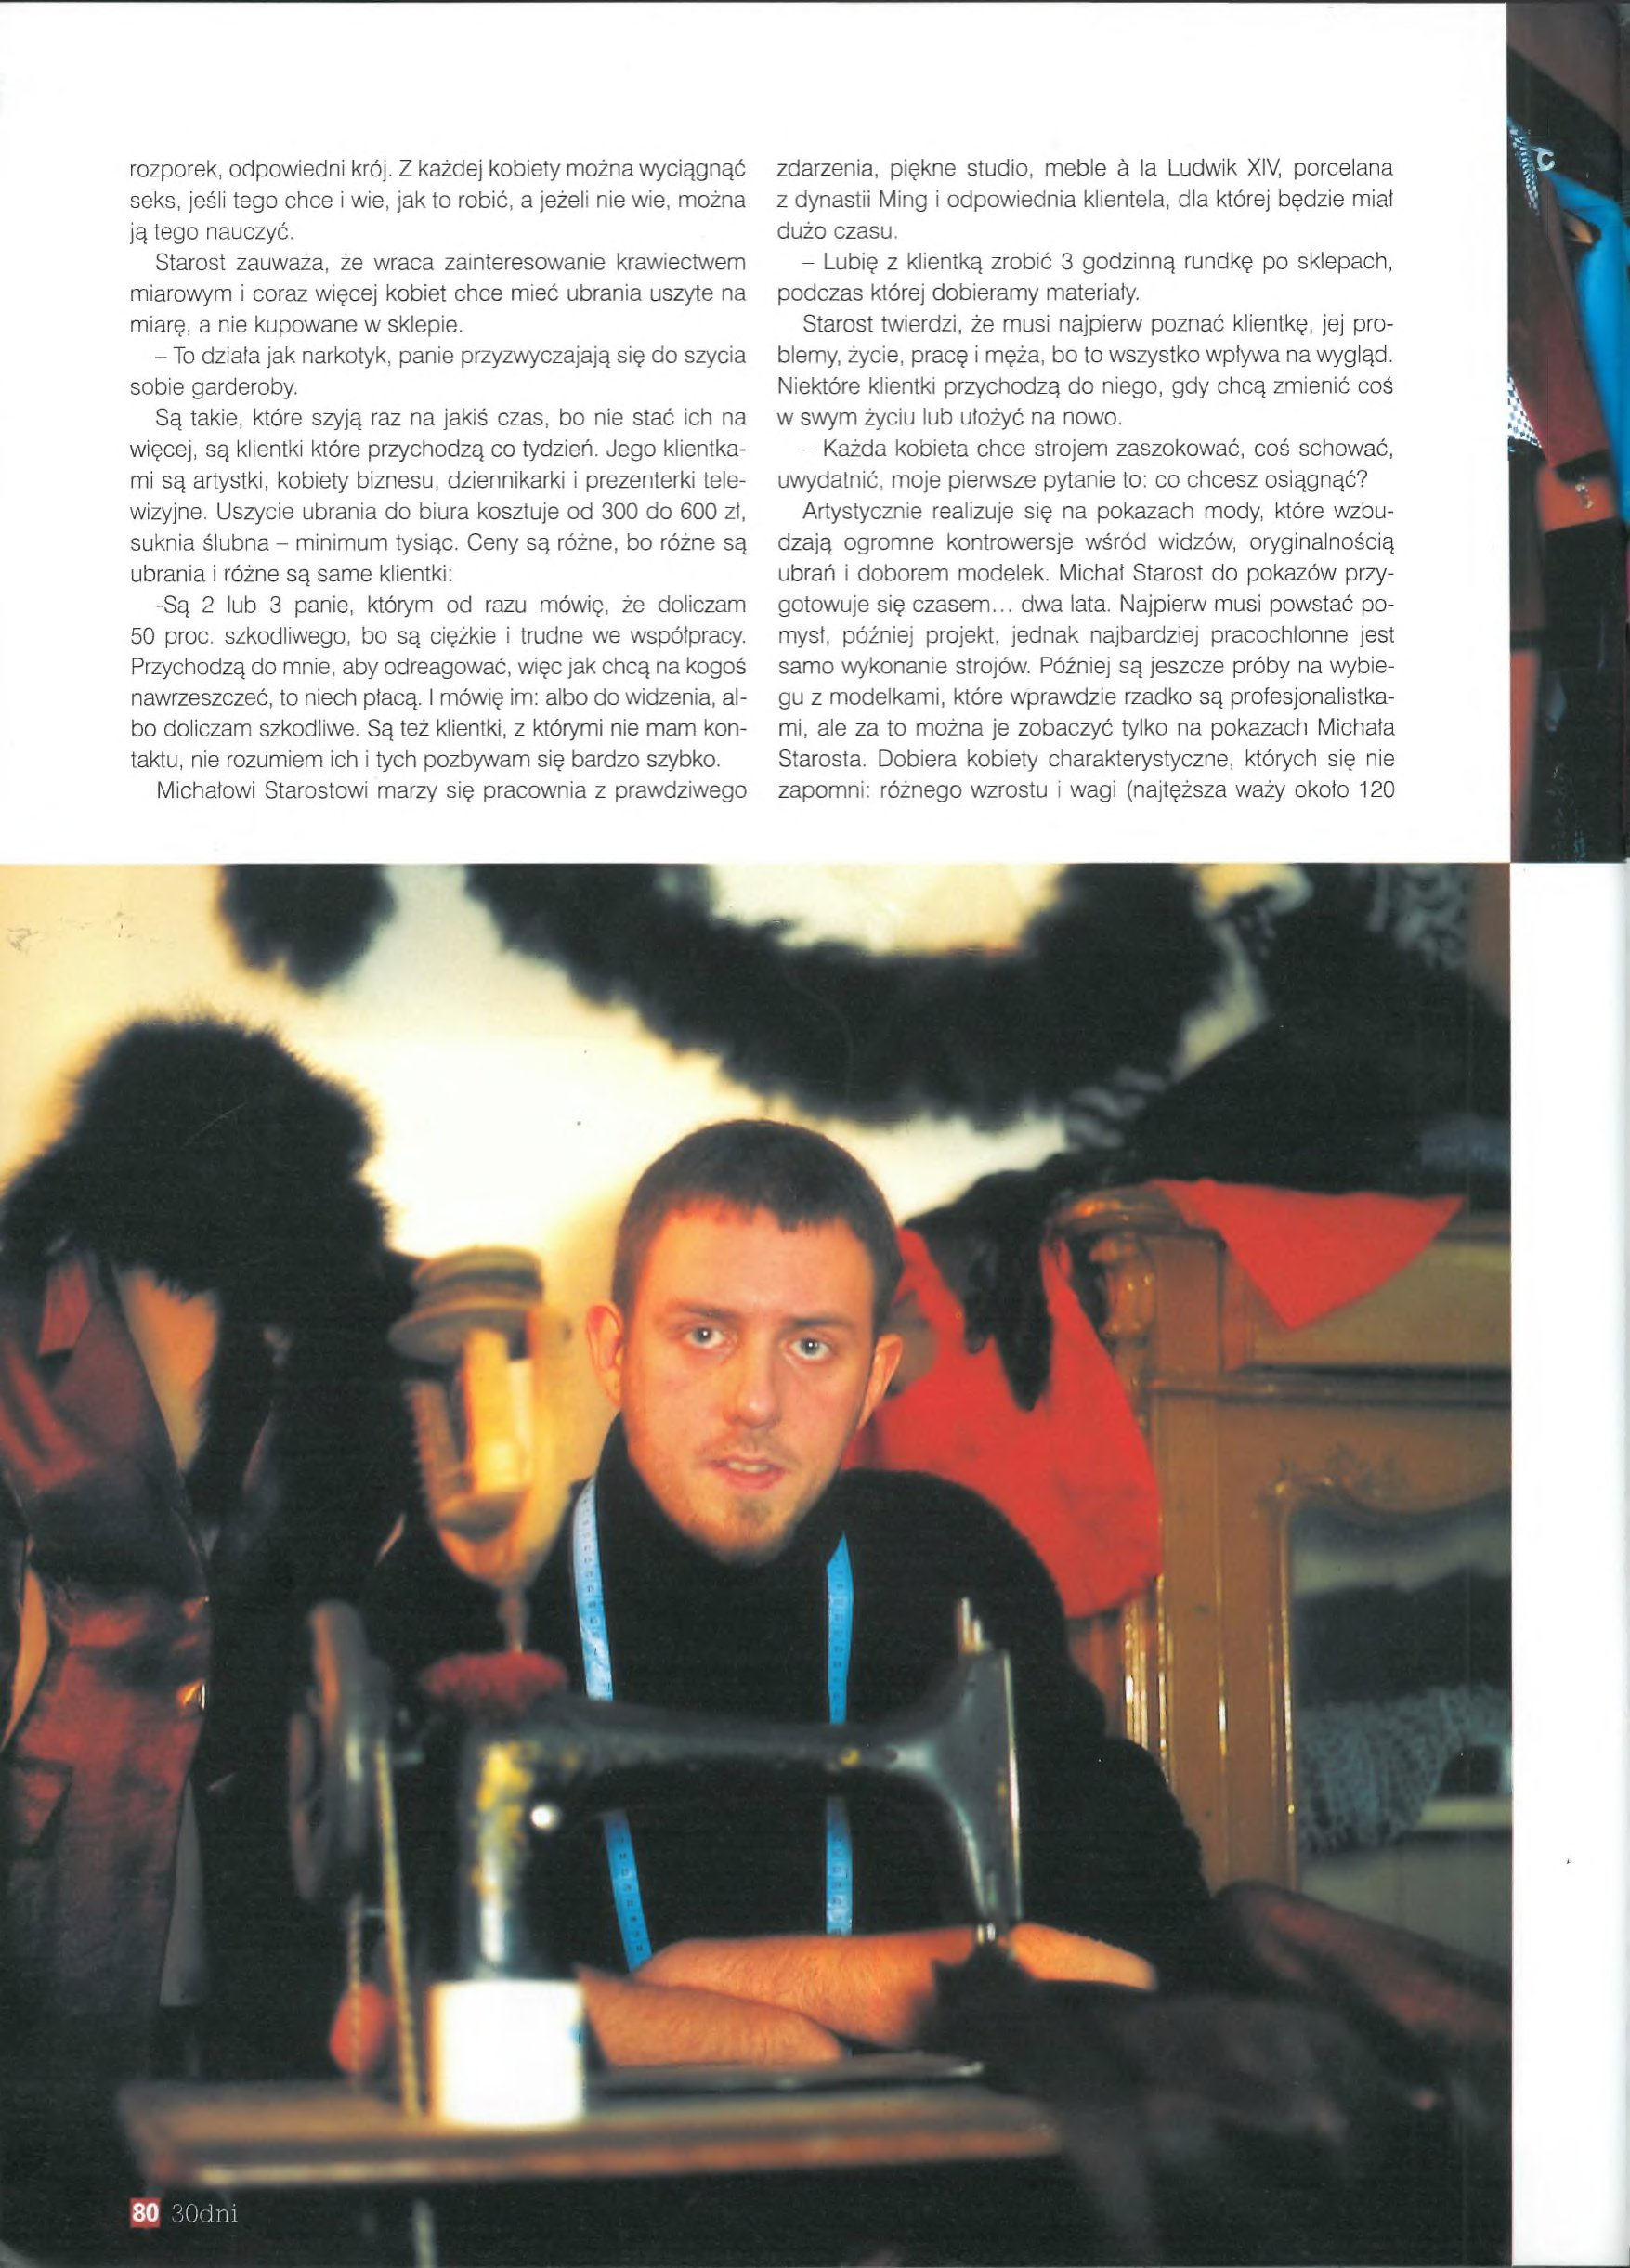
Language: pl